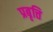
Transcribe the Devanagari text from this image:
प्रबृत्ति